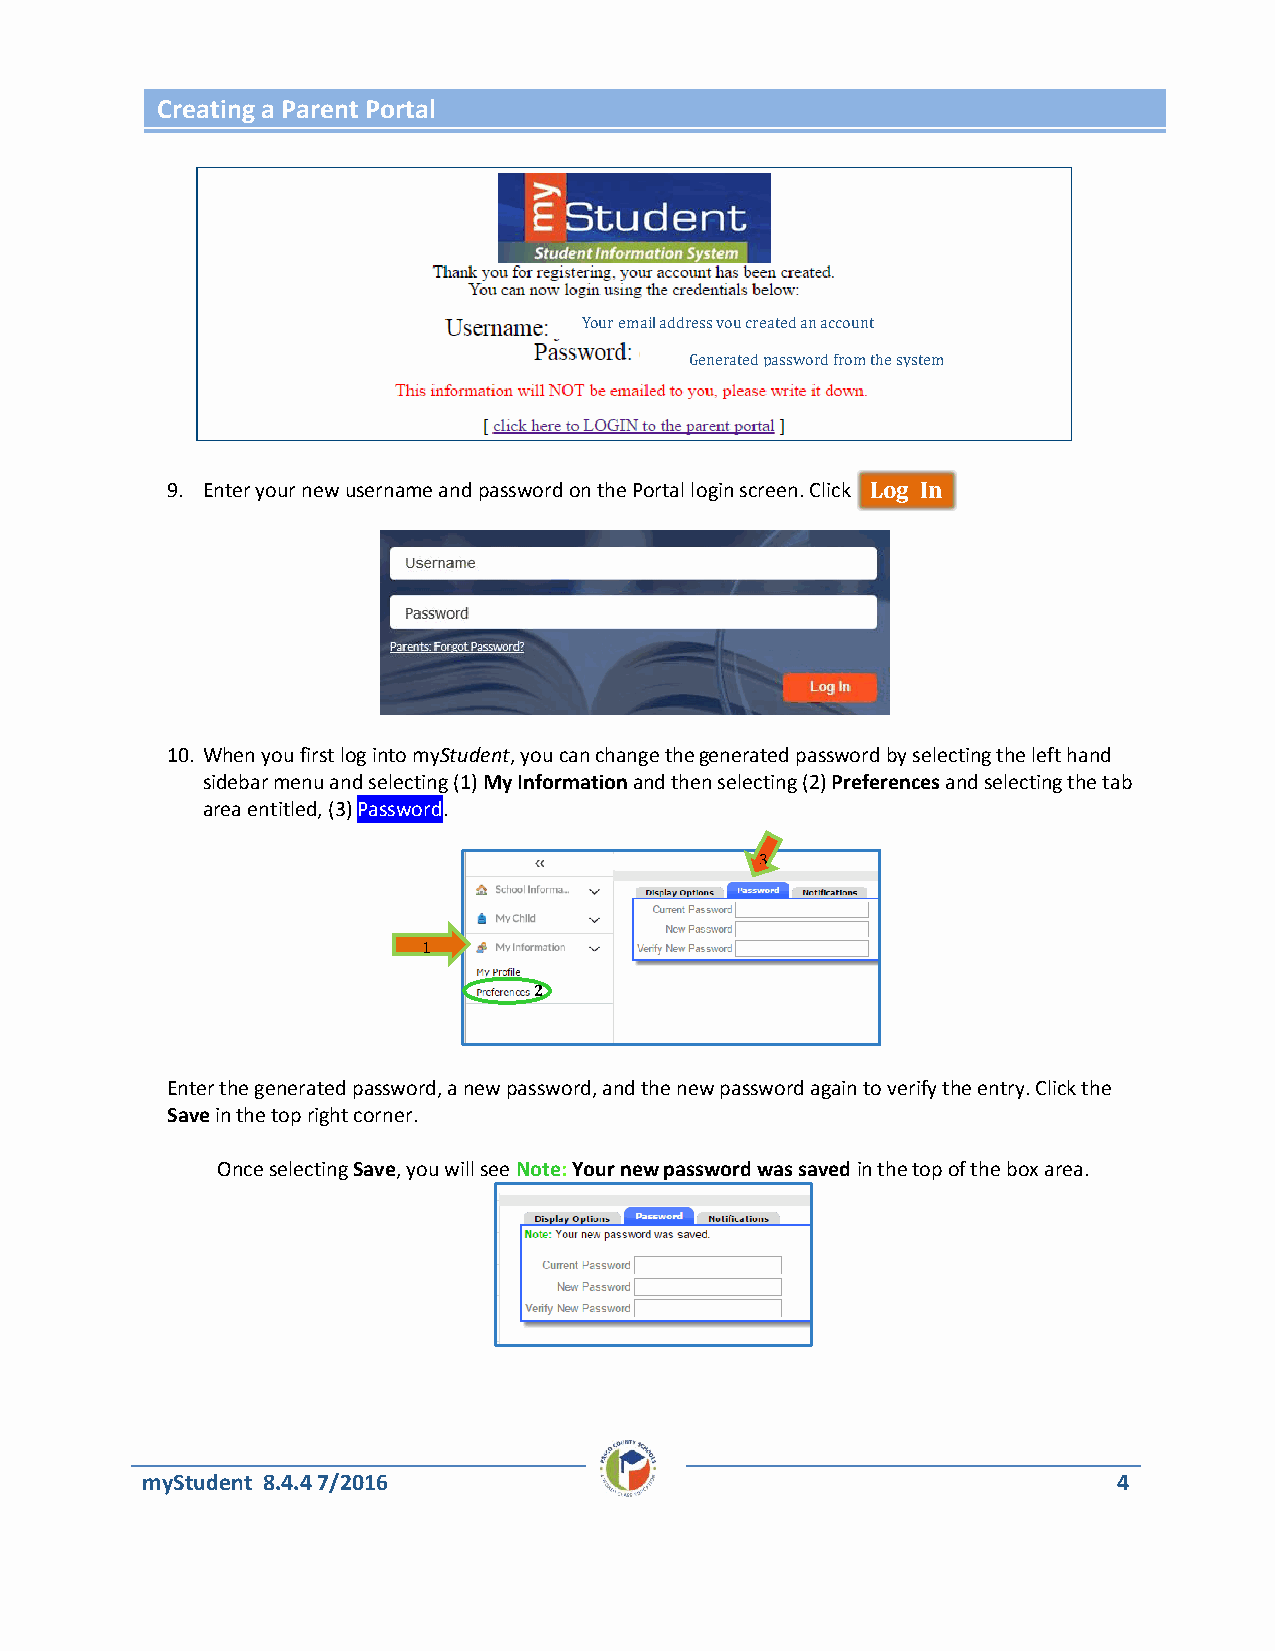
Creating a Parent Portal
 Your email address you created an account
 with
 Generated password from the system
 9. Enter your new username and password on the Portal login screen. Click L o g I n .
 10. When you first log into myStudent, you can change the generated password by selecting the left hand
 sidebar menu and selecting (1) My Information and then selecting (2) Preferences and selecting the tab
 area entitled, (3) Password.
 3
 1
 2
 Enter the generated password, a new password, and the new password again to verify the entry. Click the
 Save in the top right corner.
 Once selecting Save, you will see Note: Your new password was saved in the top of the box area.
 myStudent 8.4.4 7/2016                                           4